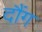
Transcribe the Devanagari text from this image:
दौंग